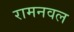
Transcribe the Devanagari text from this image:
रामनवल